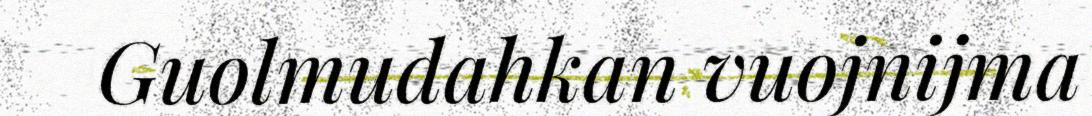
Guolmudahkan vuojnijma